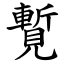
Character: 覱